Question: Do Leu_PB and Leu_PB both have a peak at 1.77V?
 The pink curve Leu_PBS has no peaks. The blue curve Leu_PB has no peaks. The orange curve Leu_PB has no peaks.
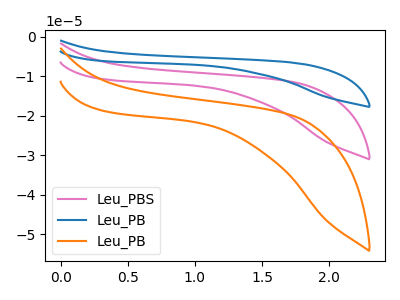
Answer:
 <answer>No, "Leu_PB" and "Leu_PB" dont share a peak at 1.77V.</answer>
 <eval>mismatch</eval>